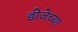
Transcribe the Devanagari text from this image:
डीजेच्या